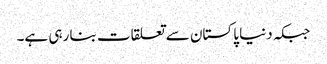
جبکہ دنیا پاکستان سے تعلقات بنا رہی ہے۔